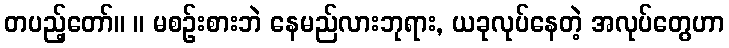
တပည့်တော်။ ။ မစဉ်းစားဘဲ နေမည်လားဘုရား, ယခုလုပ်နေတဲ့ အလုပ်တွေဟာ